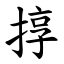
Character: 㨃